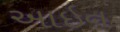
આઇન